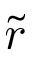
\tilde { r }